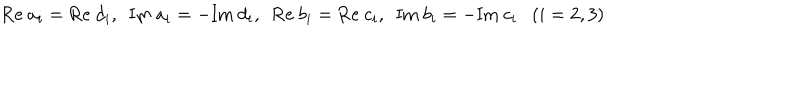
LaTeX: \mathrm { R e } ~ a _ { i } = \mathrm { R e } ~ d _ { i } , ~ ~ \mathrm { I m } ~ a _ { i } = - \mathrm { I m } ~ d _ { i } , ~ ~ \mathrm { R e } ~ b _ { i } = \mathrm { R e } ~ c _ { i } , ~ ~ \mathrm { I m } ~ b _ { i } = - \mathrm { I m } ~ c _ { i } ( i = 2 , 3 )